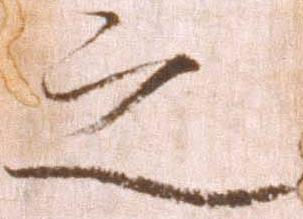
之